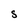
Character: S